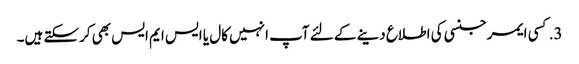
3. کسی ایمرجنسی کی اطلاع دینے کے لئے آپ انہیں کال یا ایس ایم ایس بھی کرسکتے ہیں۔